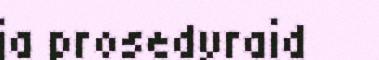
ja prosedyraid